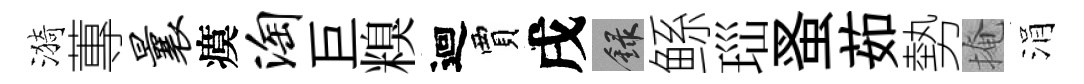
漪蓴曩瘼淘巨糗迴賈戌録鲧𤤼蚤茹勢掩涓